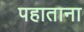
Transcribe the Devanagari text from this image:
पहाताना